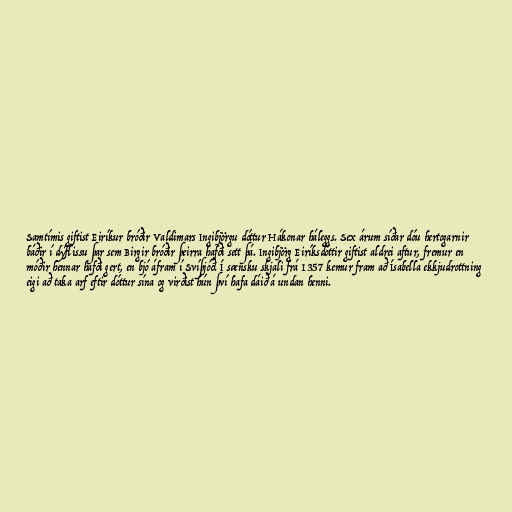
Samtímis giftist Eiríkur bróðir Valdimars Ingibjörgu dóttur Hákonar háleggs. Sex árum síðar dóu hertogarnir
báðir í dýflissu þar sem Birgir bróðir þeirra hafði sett þá. Ingibjörg Eiríksdóttir giftist aldrei aftur, fremur en
móðir hennar hafði gert, en bjó áfram í Svíþjóð. Í sænsku skjali frá 1357 kemur fram að Ísabella ekkjudrottning
eigi að taka arf eftir dóttur sína og virðist hún því hafa dáið á undan henni.